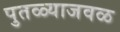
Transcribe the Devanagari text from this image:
पुतळ्याजवळ